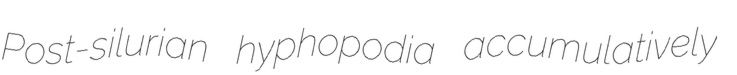
Post-silurian hyphopodia accumulatively